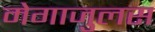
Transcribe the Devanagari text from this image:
मेगाजुलस